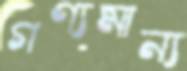
গণ্যমান্য